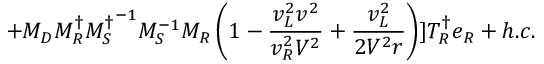
+ M _ { D } M _ { R } ^ { \dagger } { M _ { S } ^ { \dagger } } ^ { - 1 } M _ { S } ^ { - 1 } M _ { R } \left( 1 - \frac { v _ { L } ^ { 2 } v ^ { 2 } } { v _ { R } ^ { 2 } V ^ { 2 } } + \frac { v _ { L } ^ { 2 } } { 2 V ^ { 2 } r } \right) ] T _ { R } ^ { \dagger } e _ { R } + h . c .